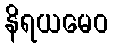
နိရယမေဝ